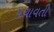
પચાવતી